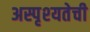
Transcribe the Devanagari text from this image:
अस्पृश्‍यतेची